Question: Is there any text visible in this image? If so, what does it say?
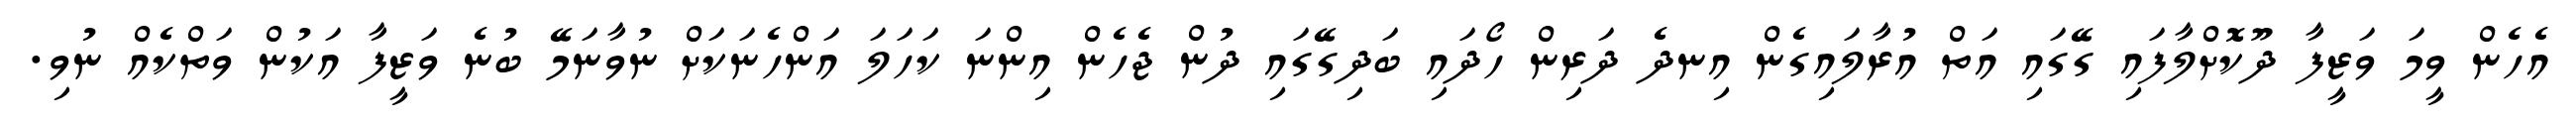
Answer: އެހެން ވީމަ ވަޒީފާ ދޫކޮށްލާފައި ގޭގައި އަތް އުރާލައިގެން އިނދެ ދަރިން ހޯދައި ބަދިގޭގައި ދުން ޖެހެން އިންނަ ކަހަލަ އަންހެނަކަށް ނުވާނަމޭ ބުނެ ވަޒީފާ އަކުން ވަތްކެއް ނުވި.